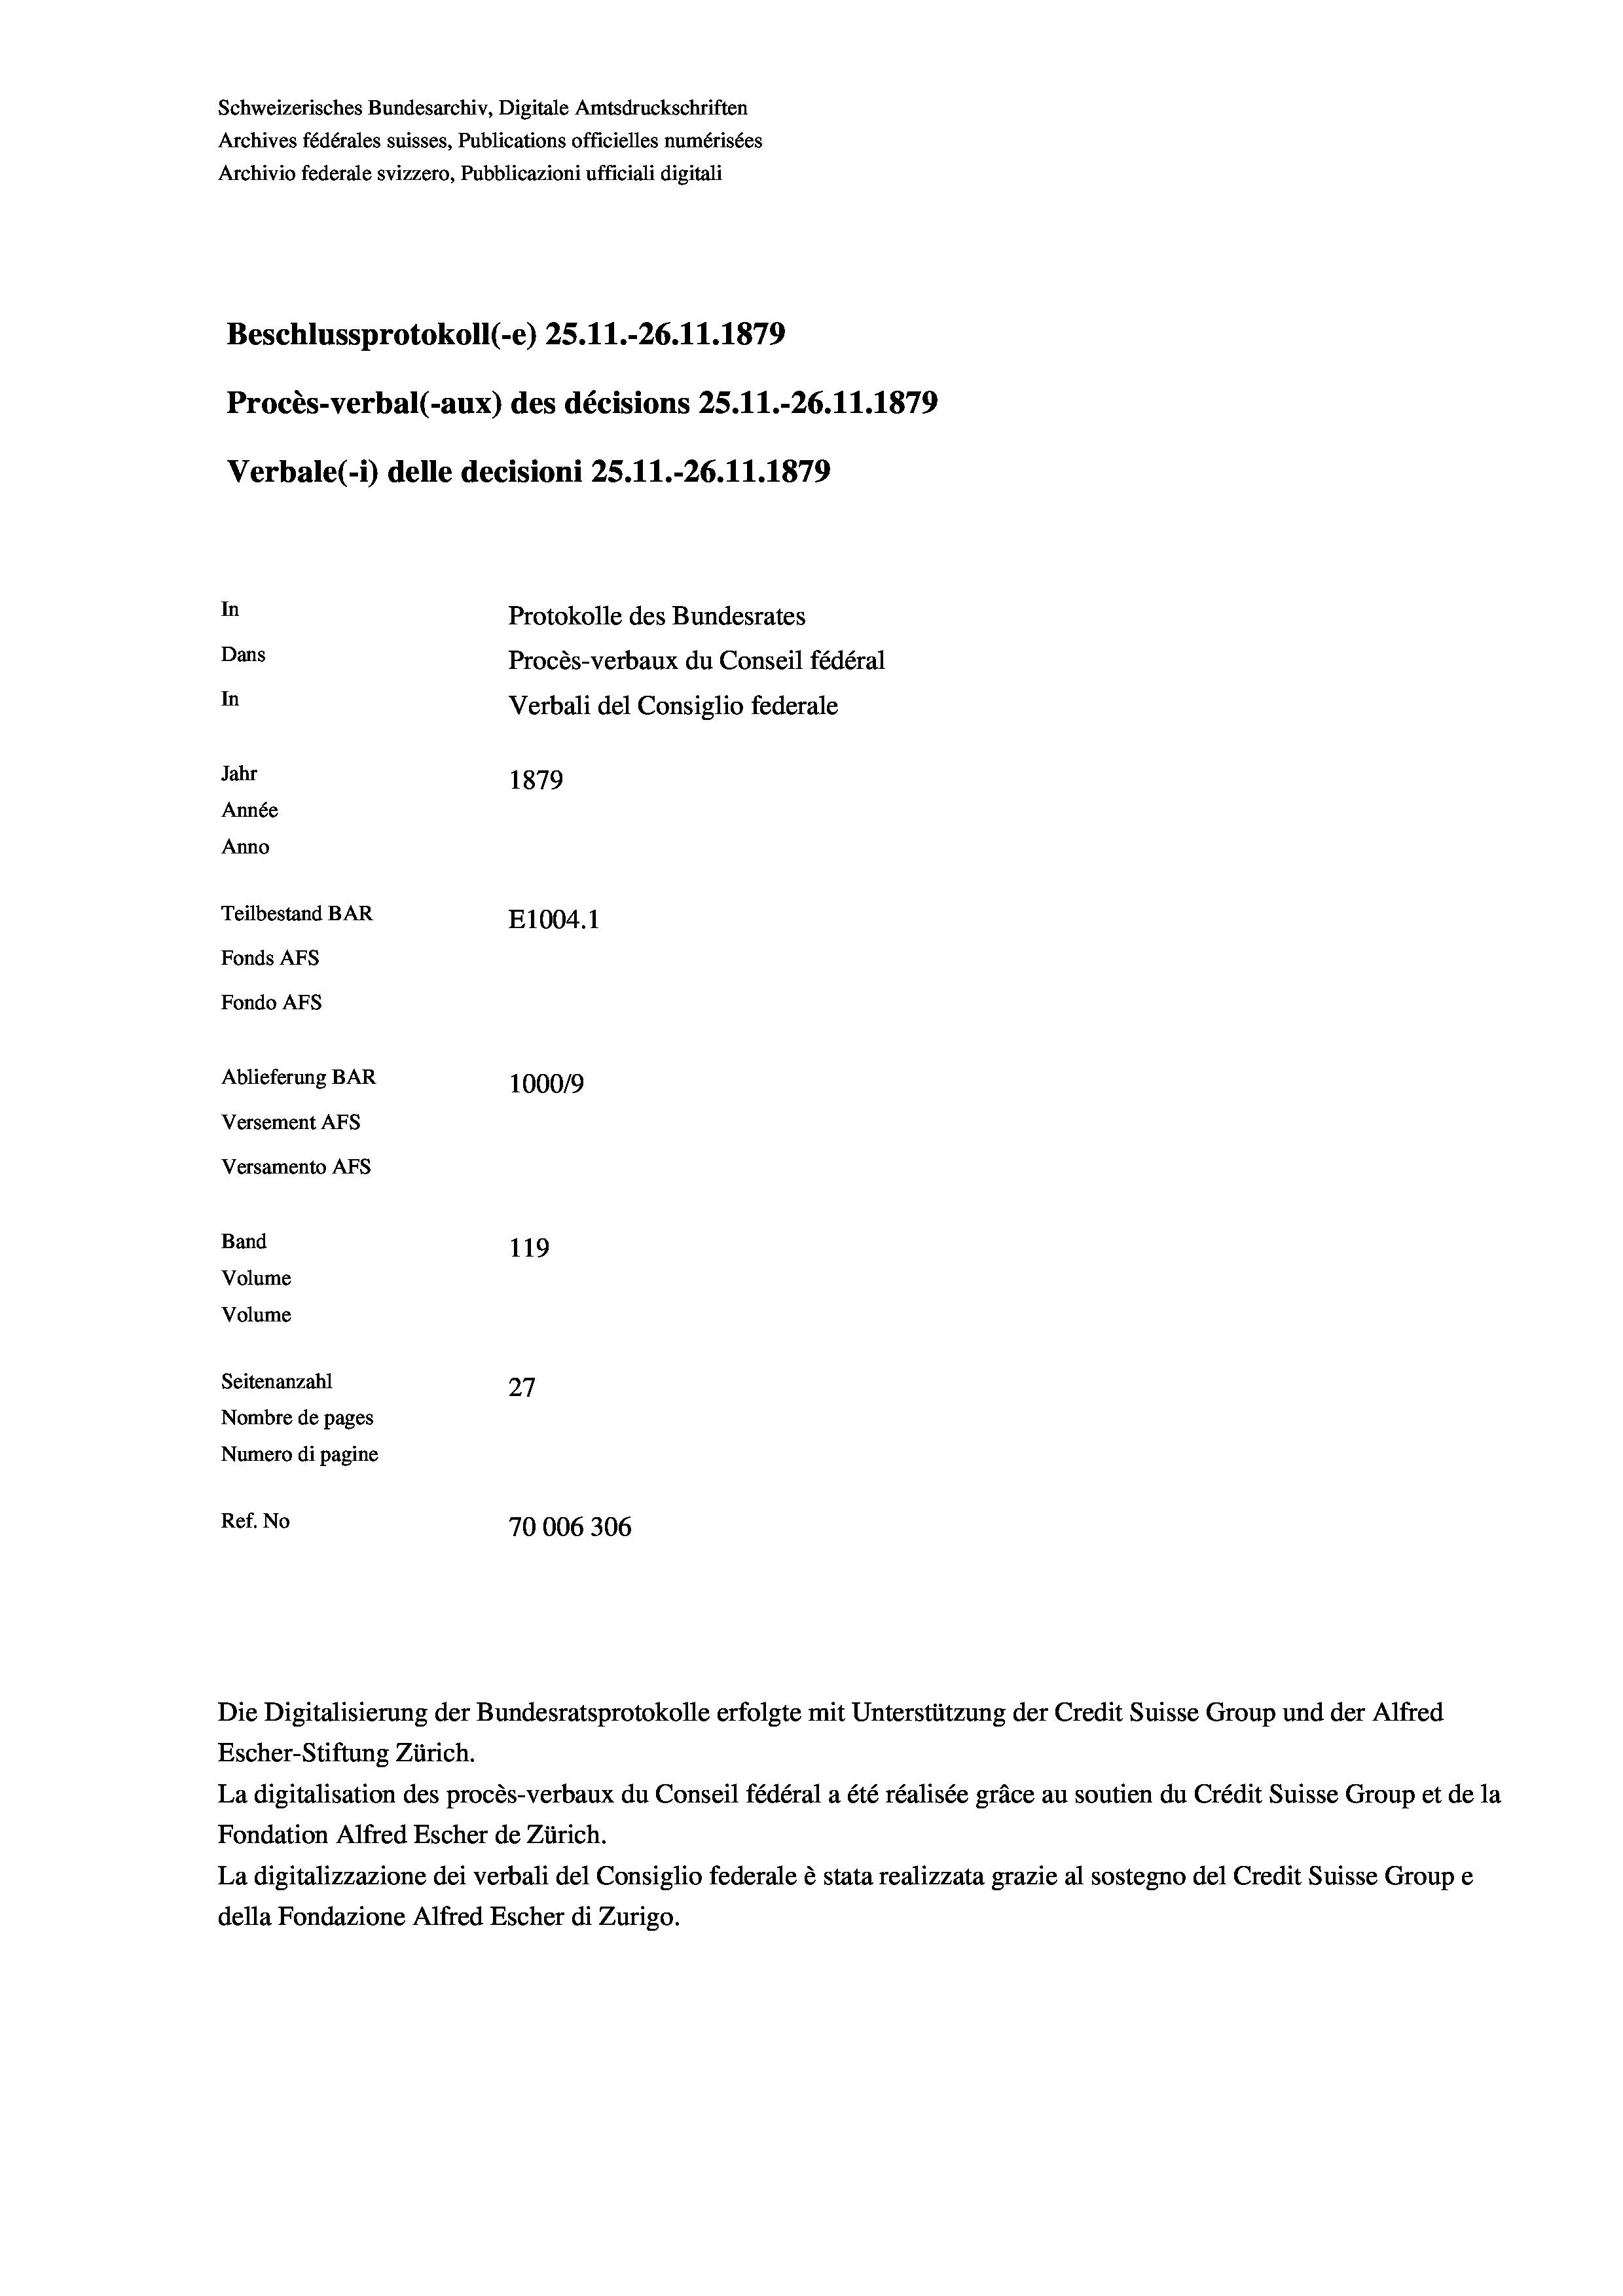
Schweizerisches Bundesarchiv, Digitale Amtsdruckschriften
Archives fédérales suisses, Publications officielles numérisées
Archivio federale svizzero, Pubblicazioni ufficiali digitali
Beschlussprotokoll (-e) 25.11.-26.11.1879
Procès-verbal (-aux) des décisions 25.11.-26.11.1879
Verbale (1) delle decisioni 25.11.-26.11.1879
In
Protokolle des Bundesrates
Dans
Procès-verbaux du Conseil fédéral
In
Verbali del Consiglio federale
Jahr
1879
Année
Anno
Teilbestand BAR
E1004.1
Fonds AFs
Fondo AFS
Ablieferung BAR
100019
Versement AFs
Versamento AFs
Band
119
Volume
Volume

Seitenanzahl
27
Nombre de pages
Numero di pagine
Ref. No
70006306

Die Digitalisierung der Bundesratsprotokolle erfolgte mit Unterstützung der Credit Suisse Group und der Alfred
Escher-Stiftung Zürich.
La digitalisation des procès-verbaux du Conseil fédéral a été réalisée gräce au soutien du Crédit Suisse Group et de la
Fondation Alfred Escher de Zürich.
La digitalizzazione dei verbali del Consiglio federale è stata realizzata grazie al sostegno del Credit Suisse Groupe
della Fondazione Alfred Escher di Zurigo.